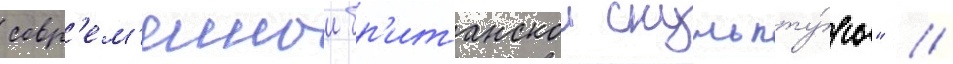
совр'ем'еннои бр'итанскои скульпту́ры" //